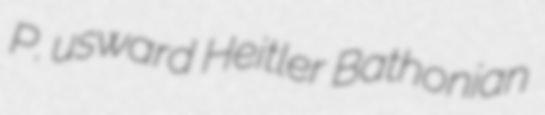
P. usward Heitler Bathonian